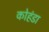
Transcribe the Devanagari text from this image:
कोहंडा